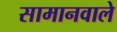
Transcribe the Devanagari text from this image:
सामानवाले